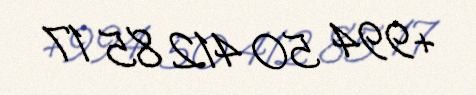
+994 50 412 85 17